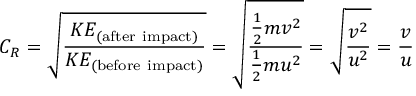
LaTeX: C _ { R } = { \sqrt { \frac { K E _ { \mathrm { ( a f t e r ~ i m p a c t ) } } } { K E _ { \mathrm { ( b e f o r e ~ i m p a c t ) } } } } } = { \sqrt { \frac { { \frac { 1 } { 2 } } m v ^ { 2 } } { { \frac { 1 } { 2 } } m u ^ { 2 } } } } = { \sqrt { \frac { v ^ { 2 } } { u ^ { 2 } } } } = { \frac { v } { u } }